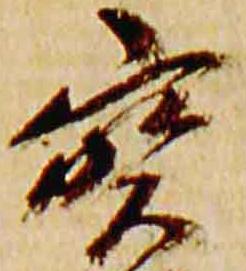
宝